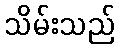
သိမ်းသည်